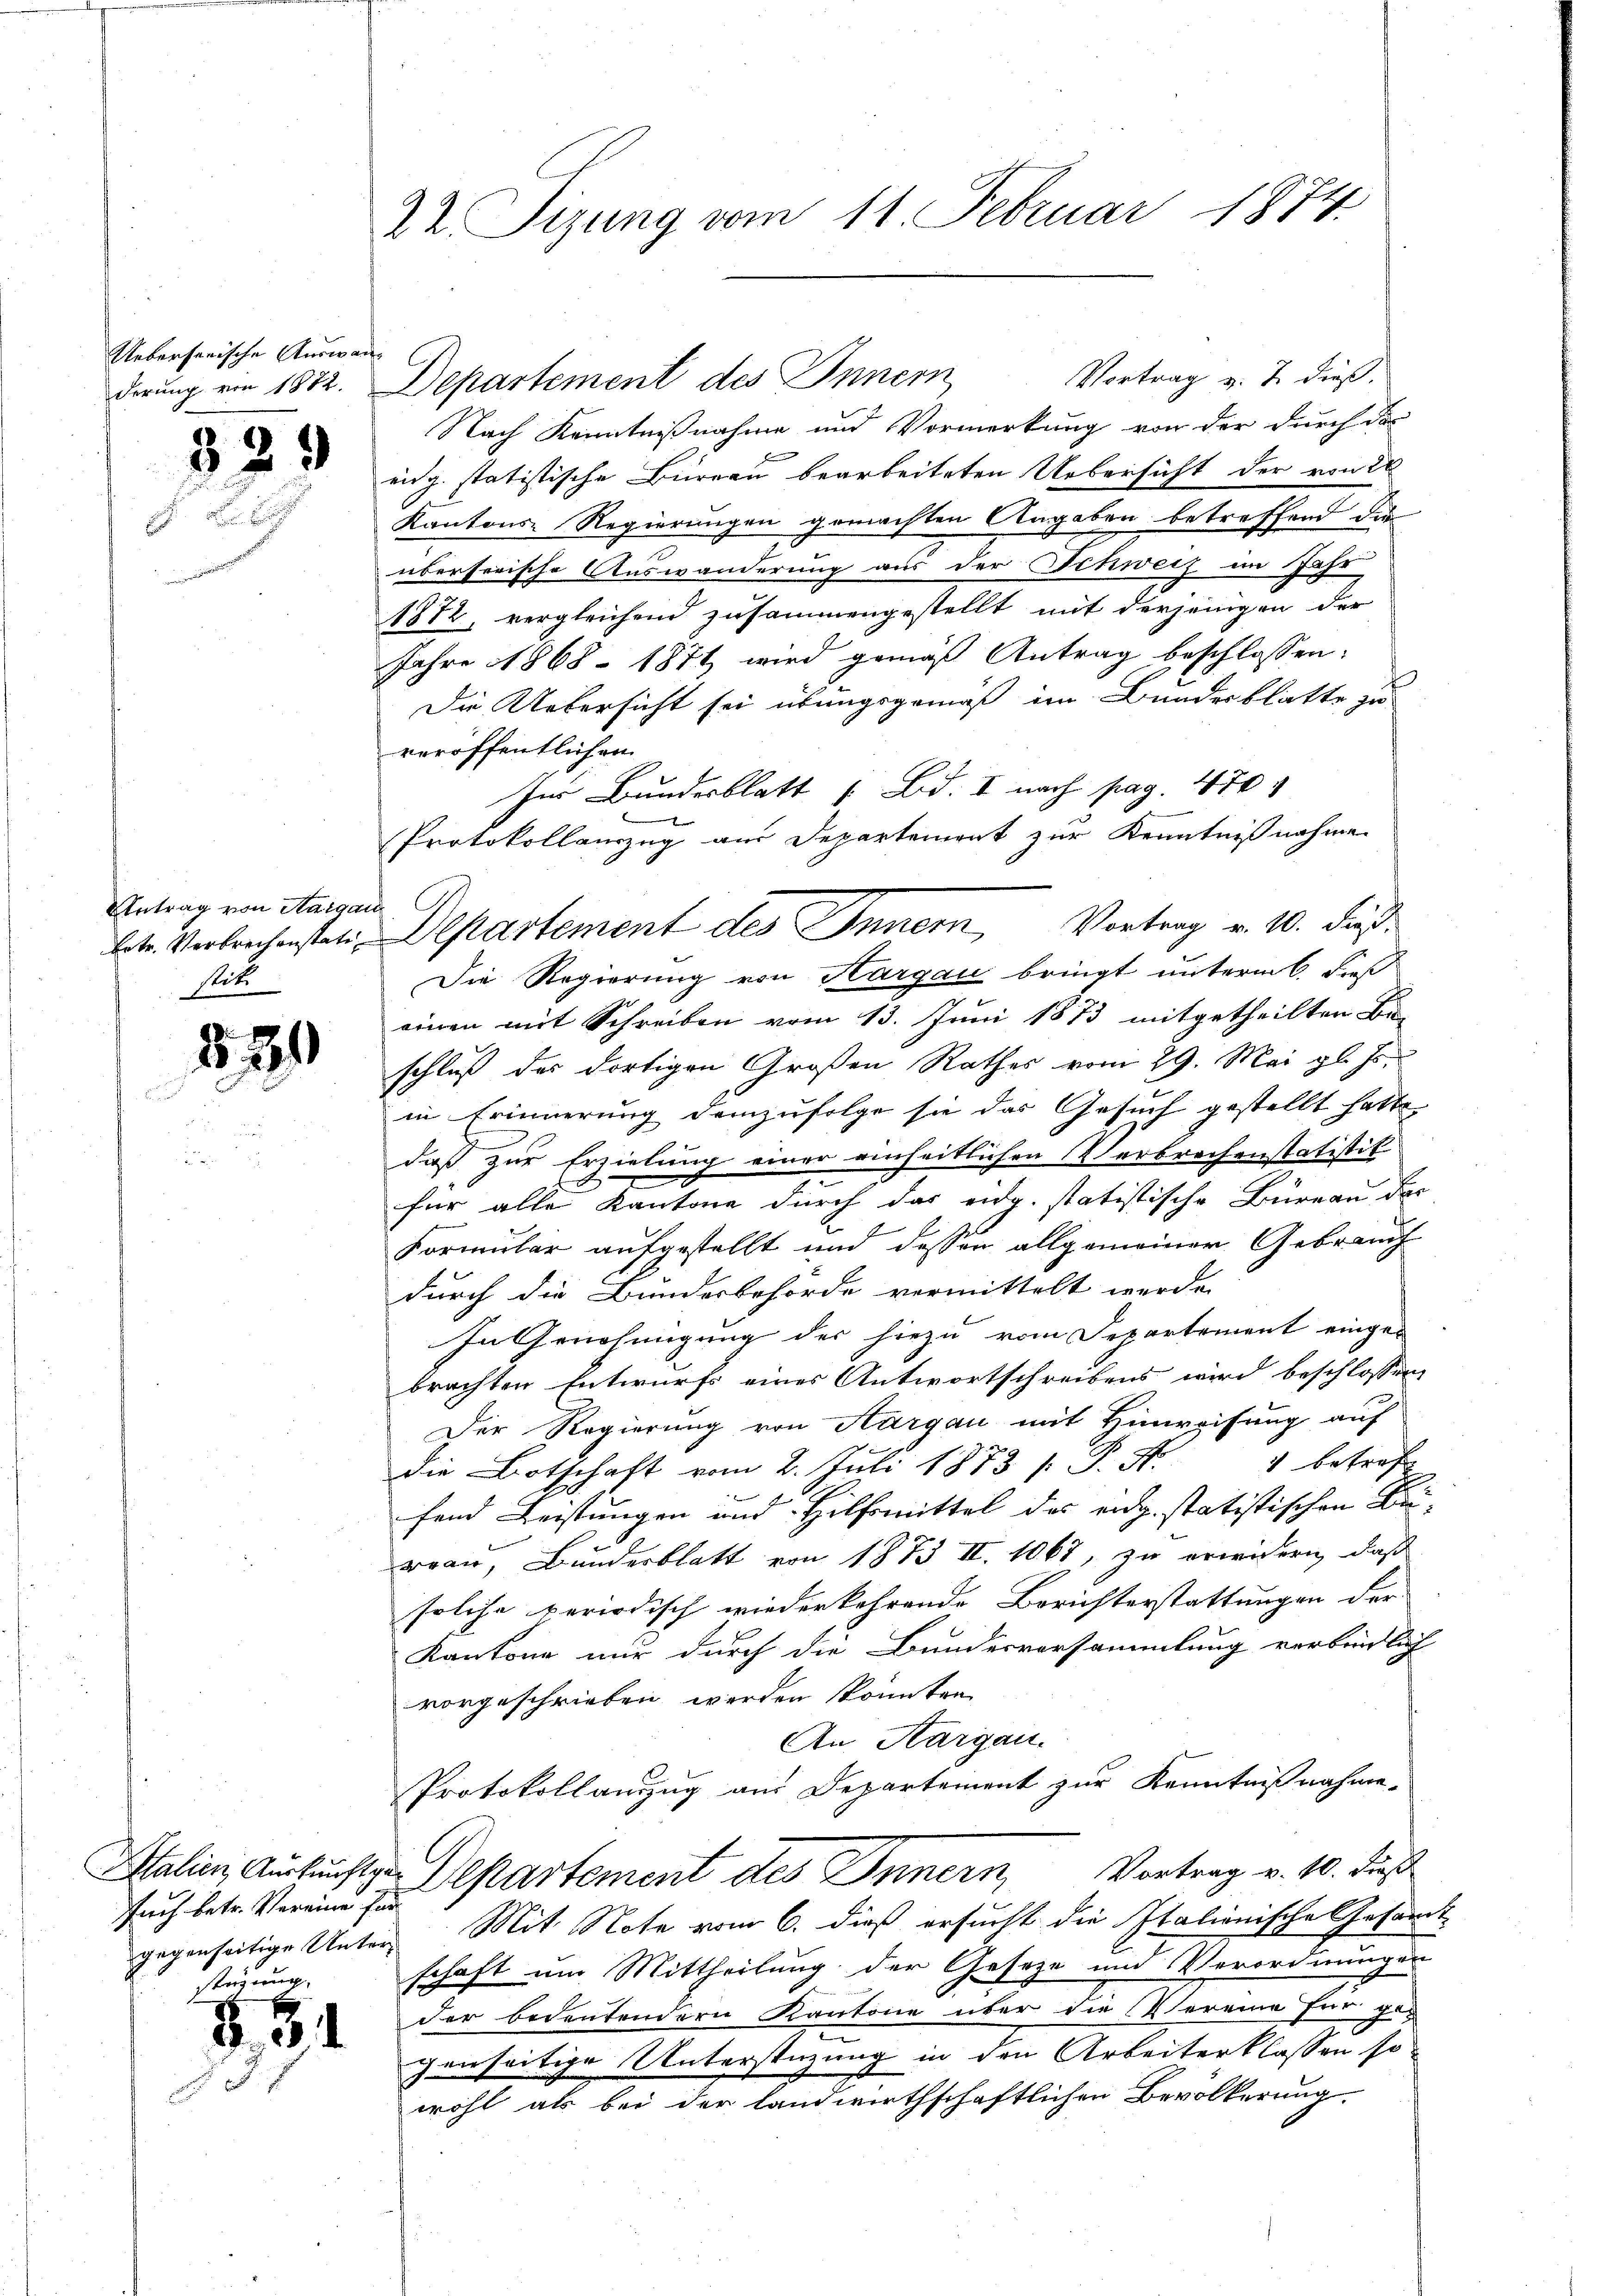
Ueberserische Auswan
derung von 1882.

32

280

8

d

Antrag von Aargar
betr. Verbrechenstatistit

such betr. Vereine für
sbergerung

54

22 izung vom 11. Februar 1874.

Vortrag v. J. dieß.
Nach Kenntnißnahme und Vormerkung von der durch der
eng. statistische Büreau bearbeiteten Uebersicht der von 20
Kantons-Regierungen gemachten Angaben betreffend die
überserische Auswanderung aus der Schweiz im Jahr
1872, vergleichend zusammengestellt mit derjenigen der
Jahre 1868 - 1871 wird gemäß Antrag beschlossen:
Die Uebersicht sei übungsgemäß im Bundesblatte zu
veröffentlichen
Im Bundesblatt „ Bd. I nach pag. 470

Protokollanzug aus Departement zur Kenntnißnahme.
Die Regierung von Hargau bringt unterm 6. dieß
einen mit Schreiben vom 13. Juni 1873 mitgetheilten Be-
schluß der dortigen Großen Rathes vom 29. Mai gl. Js.
in Erinnerung demzufolge sie das Gesuch gestellt hatte
daß zur Erzielung einer einheitlichen Verbrechenstatistik
für alle Kantone durch das eidg. statistische Büreau das
Formular aufgestellt und dessen allgemeiner Gebrauch
durch die Bundesbehörde vermittelt werde.
In Genehmigung der hiezu vom Separtement einges
brachten Entwurfs eines Antwortschreibens wird beschlossen
Der Regierung von Aargau mit Hinweisung auf
1 betreffe |
die Botschaft vom 2. Juli 1873 s P. A.

fend Leistungen und Hilfsmittel des eidg. statistischen Be¬
Frau, Bunderblatt von 1873 II. 1068, zu erwidern, daß
solche periodisch wiederkehrende Berichterstattungen der |
Kantone nur durch die Bundesversammlung verbindlich
vorgeschrieben werden könnten.
An Aargau.
Protokollanzzug aus Departement zur Kenntnißnahme-
Italien, aufrichte Departement des Innern, Vortrag v. 10. daß
gegenseitige Unter Mit Note vom 6. dieß ersucht die Italionische Gesamt-
schaft um Mittheilung der Gesetze und Verordnungen
der bedeutendern Kantone über die Vereine für gen
genseitige Unterstüzung in den Arbeiterklassen so
wohl als bei der landwirthschaftlichen Bevölkerung.

Departement des Innern

Departement des Inner, Vortrag v. 10. dieß